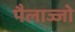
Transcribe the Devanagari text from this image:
पैलाज्जो